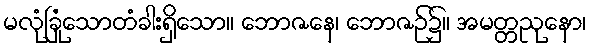
မလုံခြုံသောတံခါးရှိသော။ ဘောဇနေ၊ ဘောဇဉ်၌။ အမတ္တညုနော၊